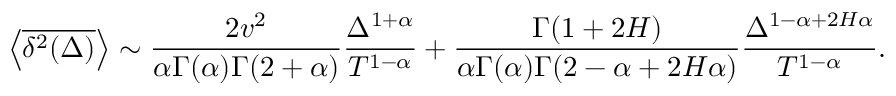
\left< \overline { { \delta ^ { 2 } ( \Delta ) } } \right> \sim \frac { 2 v ^ { 2 } } { \alpha \Gamma ( \alpha ) \Gamma ( 2 + \alpha ) } \frac { \Delta ^ { 1 + \alpha } } { T ^ { 1 - \alpha } } + \frac { \Gamma ( 1 + 2 H ) } { \alpha \Gamma ( \alpha ) \Gamma ( 2 - \alpha + 2 H \alpha ) } \frac { \Delta ^ { 1 - \alpha + 2 H \alpha } } { T ^ { 1 - \alpha } } .